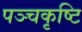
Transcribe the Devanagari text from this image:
पञ्चकृष्टि